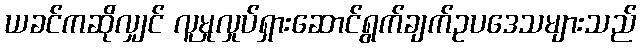
ယခင်ကဆိုလျှင် လူမှုလှုပ်ရှားဆောင်ရွက်ချက်ဥပဒေသများသည်